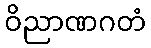
ဝိညာဏဂတံ